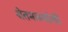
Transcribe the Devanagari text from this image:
शेतमळ्यांशी